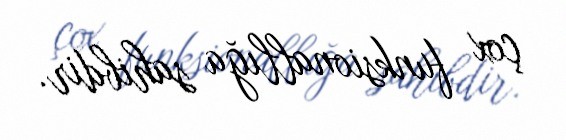
çox funksionallığa sahibdir.